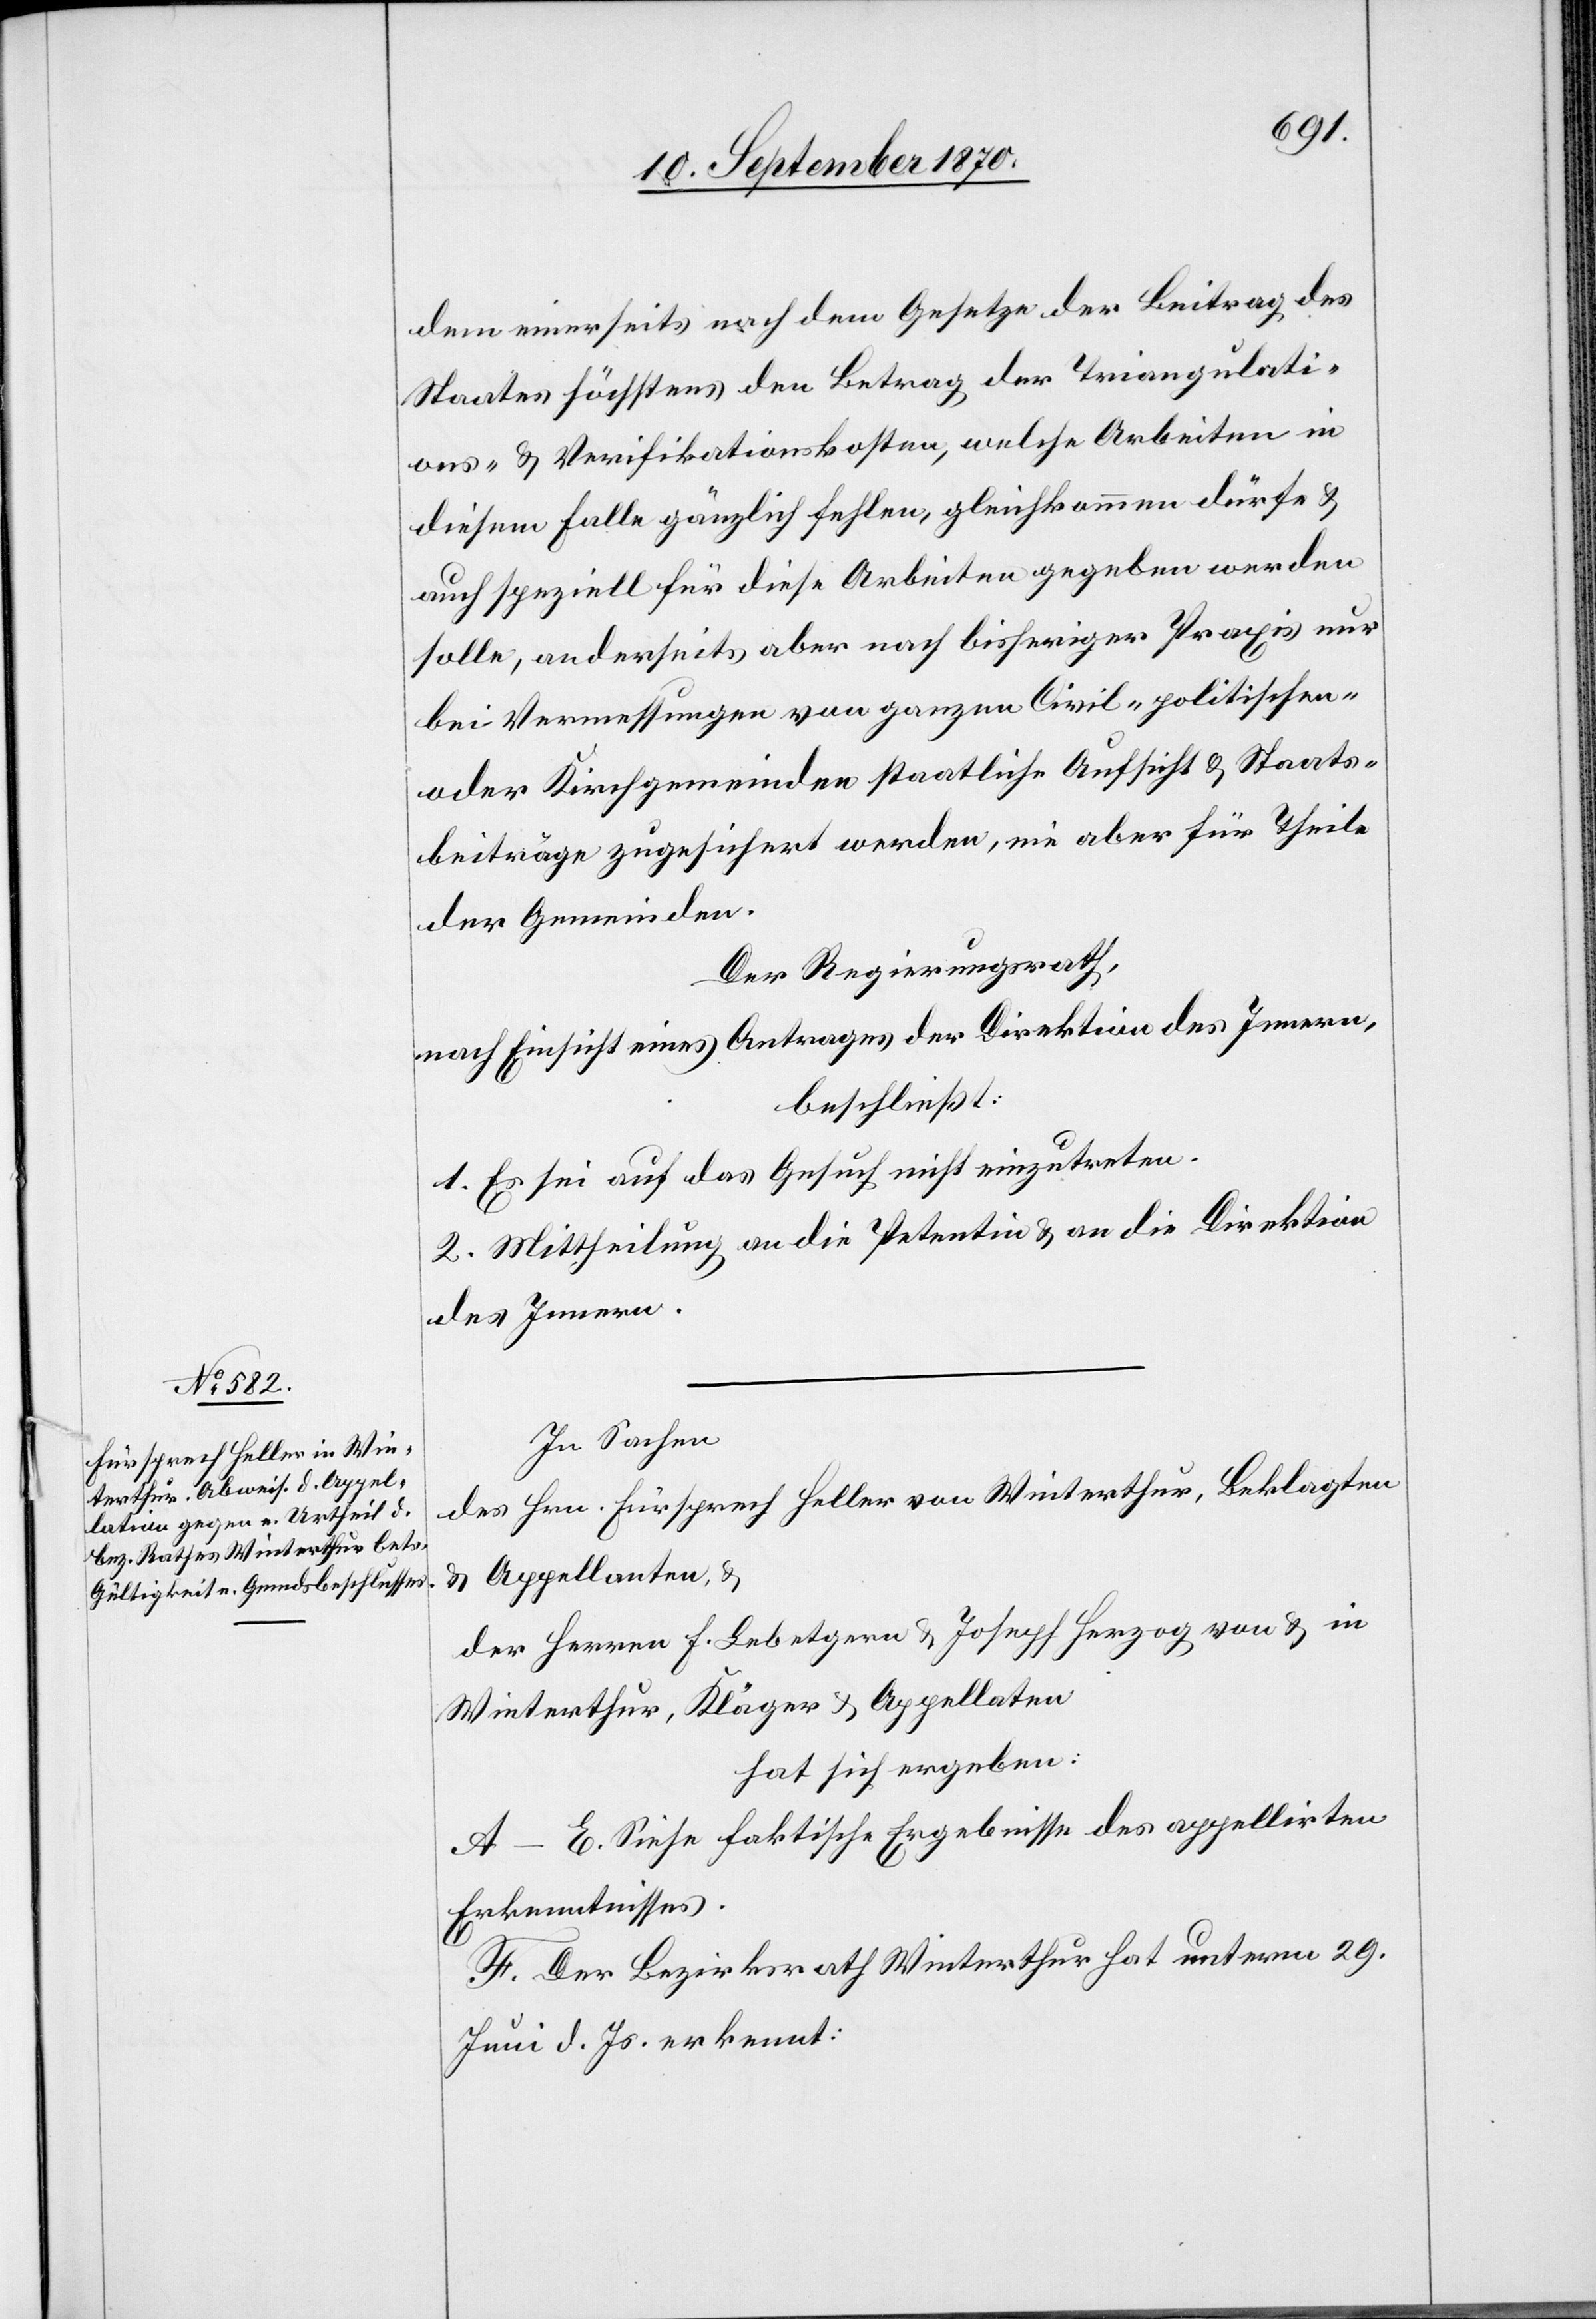
dem einerseits nach dem Gesetze der Beitrag des
Staates höchstens den Betrag der Triangulati¬
ons- & Verifikationskosten, welche Arbeiten in
diesem Falle gänzlich fehlen, gleichkommen dürfe &
auch speziell für diese Arbeiten gegeben werden
solle, anderseits aber nach bisheriger Praxis nur
bei Vermessungen von ganzen Civil-[,] politischen-
oder Kirchgemeinden staatliche Aufsicht & Staats¬
beiträge zugesichert werden, wie aber für Theile
der Gemeinden.
Der Regierungsrath,
nach Einsicht eines Antrages der Direktion des Innern,
beschließt:
1. Es sei auf das Gesuch nicht einzutreten.
2. Mittheilung an die Petentin & an die Direktion
des Innern.
In Sachen
des Hrn. Fürsprech Heller von Winterthur, Beklagten
Appellanten, &
der Herren F. Lebetgern & Joseph Herzog von & in
Winterthur, Kläger & Appellaten
hat sich ergeben:
A–E. Siehe faktische Ergebnisse des appellirten
Erkenntnisses.
F. Der Bezirksrath Winterthur hat unterm 29.
Juni d. Js. erkennt: